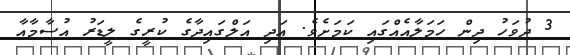
3 ދުވަހު ދިން ހަމަލާއެއްގައި ކަމަށެވެ. އަދި އަލްގައިދާގެ ކުރީގެ ލީޑަރު އުސާމާއާ